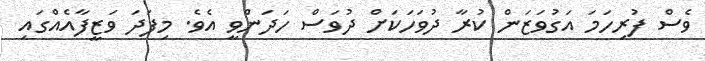
ވެސް ފުރިހަމަ އަގުވަޒަން ކުރާ ދުވަހަކަށް ދުވަސް ހަދަންވީ އެވެ. މިފަދަ ވަޒީފާއެއްގައި